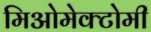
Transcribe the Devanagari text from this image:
मिओमेक्टोमी